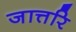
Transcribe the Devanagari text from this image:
जात्तरि